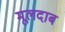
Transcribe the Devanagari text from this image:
मूलदाब